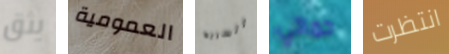
يثق العمومية السريه حماتي انتظرت